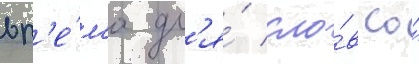
вр'е́м'я дл'я́ сло́в со́